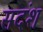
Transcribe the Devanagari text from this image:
सदंश